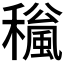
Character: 𥣍